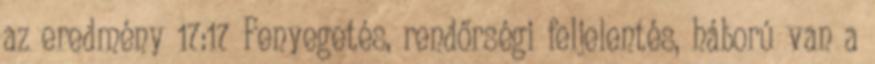
az eredmény 17:17 Fenyegetés, rendőrségi feljelentés, háború van a